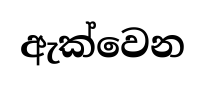
ඇක්වෙන